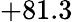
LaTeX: +81.3